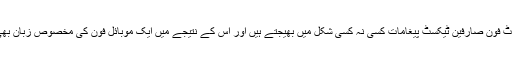
آج 97 فیصد اسمارٹ فون صارفین ٹیکسٹ پیغامات کسی نہ کسی شکل میں بھیجتے ہیں اور اس کے نتیجے میں ایک موبائل فون کی مخصوص زبان بھی تشکیل پارہی ہے۔